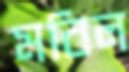
মবিল